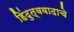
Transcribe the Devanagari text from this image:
हिंदुत्ववादाचे